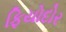
ફિયોદોર